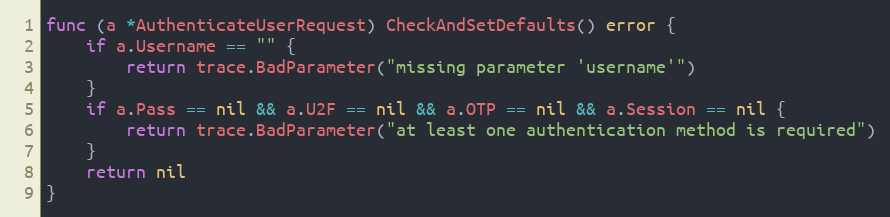
Language: Go
func (a *AuthenticateUserRequest) CheckAndSetDefaults() error {
	if a.Username == "" {
		return trace.BadParameter("missing parameter 'username'")
	}
	if a.Pass == nil && a.U2F == nil && a.OTP == nil && a.Session == nil {
		return trace.BadParameter("at least one authentication method is required")
	}
	return nil
}